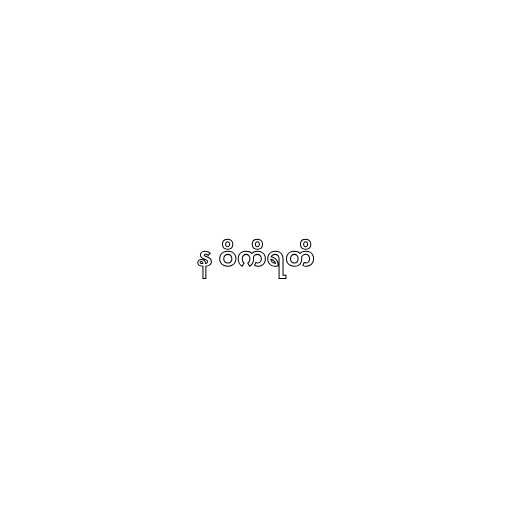
န ဝိကိရတိ